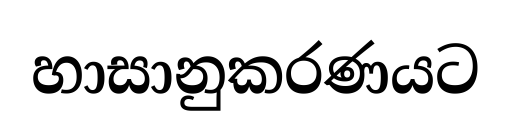
හාසානුකරණයට